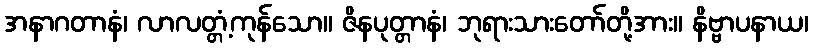
အနာဂတာနံ၊ လာလတ္တံ့ကုန်သော။ ဇိနပုတ္တာနံ၊ ဘုရားသားတော်တို့အား။ နိဗ္ဗာပနာယ၊